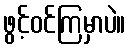
ဖွင့်ဝင်ကြမှာပဲ။